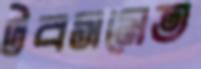
টবসমেত